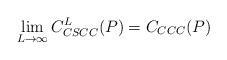
LaTeX: \begin{align*}\lim_{L \to \infty} C_{CSCC}^L(P) = C_{CCC}(P)\end{align*}